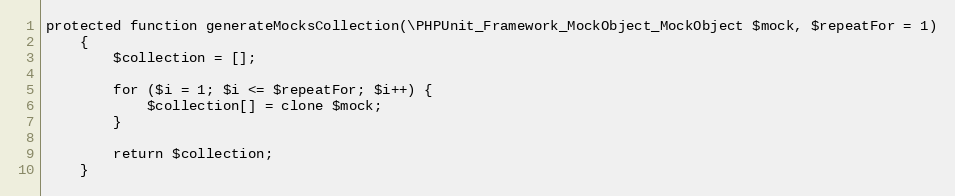
Language: PHP
protected function generateMocksCollection(\PHPUnit_Framework_MockObject_MockObject $mock, $repeatFor = 1)
    {
        $collection = [];

        for ($i = 1; $i <= $repeatFor; $i++) {
            $collection[] = clone $mock;
        }

        return $collection;
    }